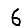
Digit: 6